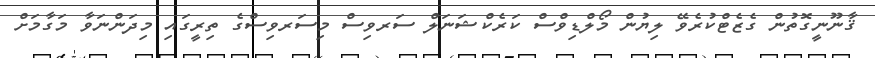
ޤާނޫނީގޮތުން ގެޒެޓްކުރެވޭ ލިޔުން މޯލްޑިވްސް ކަރެކްޝަނަލް ސަރވިސް މިސަރވިސްގެ ތިރީގައި މިދަންނަވާ މަގާމަށް